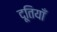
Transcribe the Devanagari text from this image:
दूतियाँ